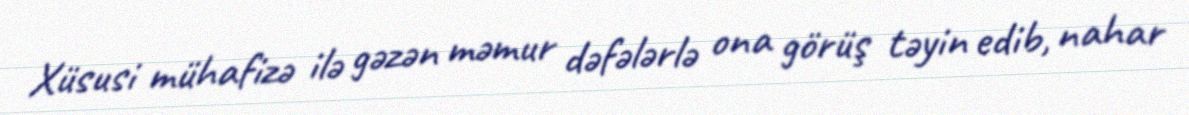
Xüsusi mühafizə ilə gəzən məmur dəfələrlə ona görüş təyin edib, nahar